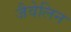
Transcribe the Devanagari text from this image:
जैवेलिन